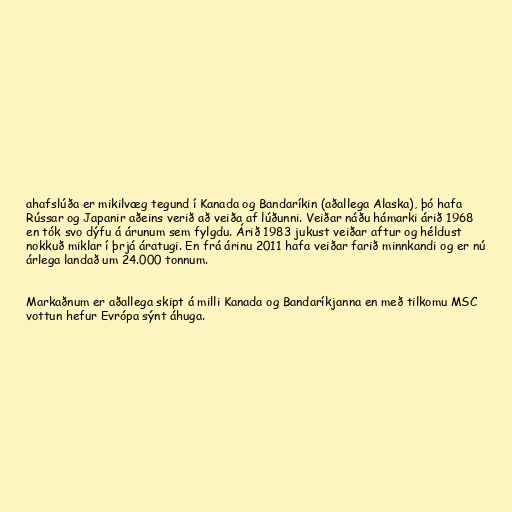
ahafslúða er mikilvæg tegund í Kanada og Bandaríkin (aðallega Alaska), þó hafa
Rússar og Japanir aðeins verið að veiða af lúðunni. Veiðar náðu hámarki árið 1968
en tók svo dýfu á árunum sem fylgdu. Árið 1983 jukust veiðar aftur og héldust
nokkuð miklar í þrjá áratugi. En frá árinu 2011 hafa veiðar farið minnkandi og er nú
árlega landað um 24.000 tonnum.

Markaðnum er aðallega skipt á milli Kanada og Bandaríkjanna en með tilkomu MSC
vottun hefur Evrópa sýnt áhuga.